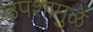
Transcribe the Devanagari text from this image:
उपशामुळे